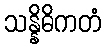
သန္နိဓိကတံ